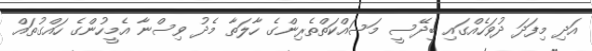
އަދި މިފަދަ ދުވަހެއްގައި ބިދޭސީ މަސައްކަތްތެރިންގެ ހާލަތާ މެދު ވިސްނާ އެމީހުންގެ ހައްގުތައް